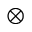
\otimes